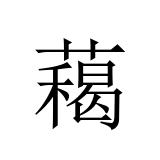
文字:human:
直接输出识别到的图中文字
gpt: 藒